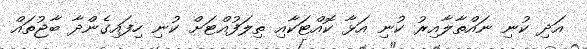
އަދި ކުނި ނައްތާލާއިރު ކުނި އަޅާ ކޮއްޓަކާއި ތިލަފުއްޓަށް ކުނި ހިފައިގެންދާ ބާޖުތައް